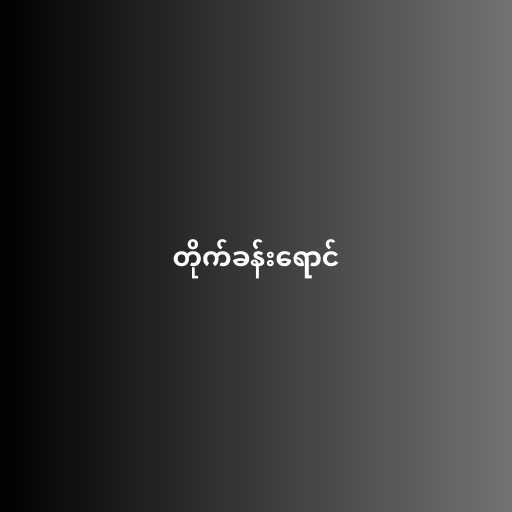
တိုက်ခန်းရောင်